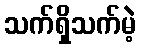
သက်ရှိသက်မဲ့